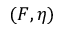
( F , \eta )